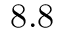
8 . 8